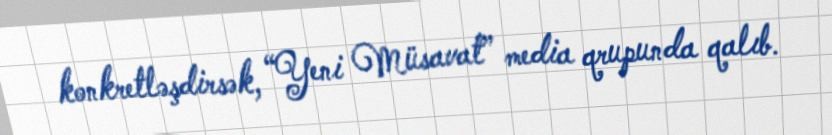
konkretləşdirsək, “Yeni Müsavat” media qrupunda qalıb.